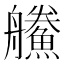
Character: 䲍